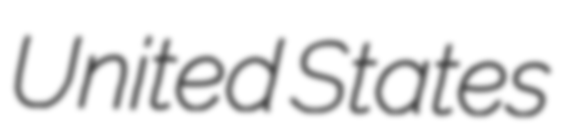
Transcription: United States